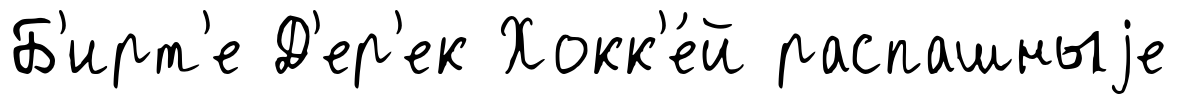
Б'ирт'е Д'ер'ек Хокк'е́й распашныjе